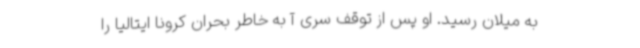
به میلان رسید. او پس از توقف سری آ به خاطر بحران کرونا ایتالیا را